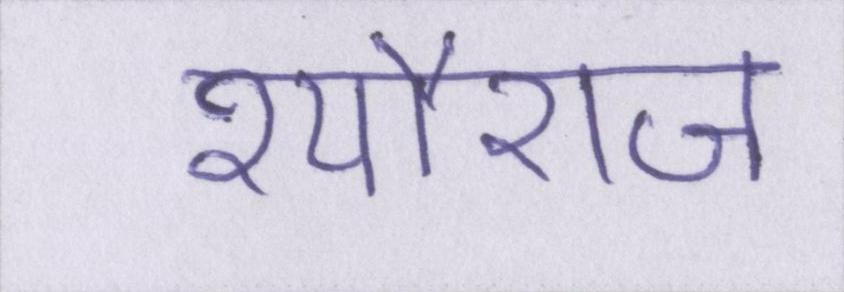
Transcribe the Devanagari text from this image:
श्यौराज